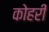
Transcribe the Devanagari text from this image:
कोहरी